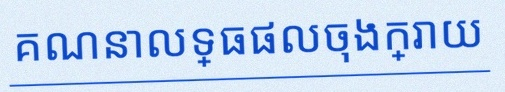
គណនាលទ្ធផលចុងក្រោយ